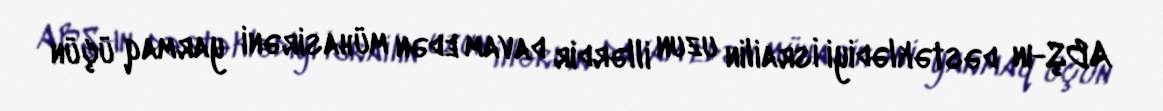
ABŞ-ın dəstəklədiyi İsrailin uzun illərdir davam edən mühasirəni yarmaq üçün